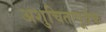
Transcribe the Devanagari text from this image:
अशुचितापूर्वक